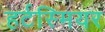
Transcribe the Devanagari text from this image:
हर्टस्मियर